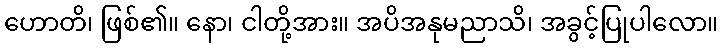
ဟောတိ၊ ဖြစ်၏။ နော၊ ငါတို့အား။ အပိအနုမညာသိ၊ အခွင့်ပြုပါလော။